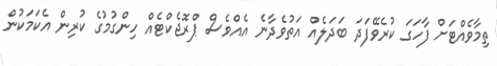
ތިމާވެއްޓަށް ފާހަގަ ކުރެވޭފަދަ ބަދަލެއް އަތުވެދާނެ އެއްވެސް ޕްރޮޖެކްޓެއް ހިންގުމުގެ ކުރިން އެކަމަކުން